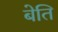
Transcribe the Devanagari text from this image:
बेति